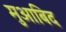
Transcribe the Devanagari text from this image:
मुआबिद